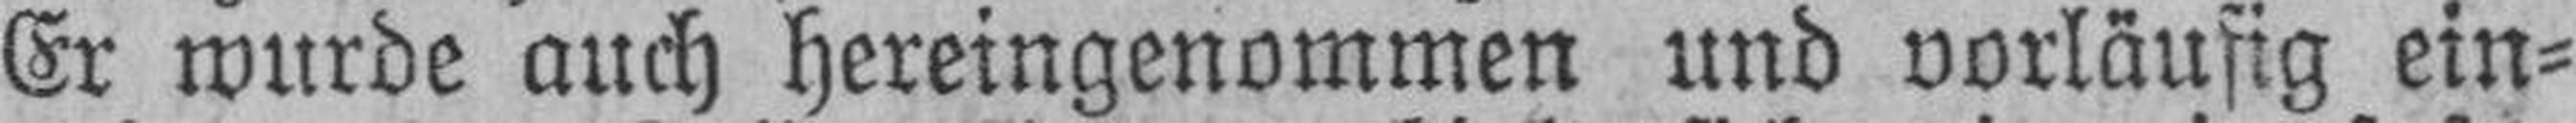
Er wurde auch hereingenommen und vorläufig ein¬